Civil Veterinary Dept. Bombay admin report 1914-1922 - 1914-1922
Year: 1914
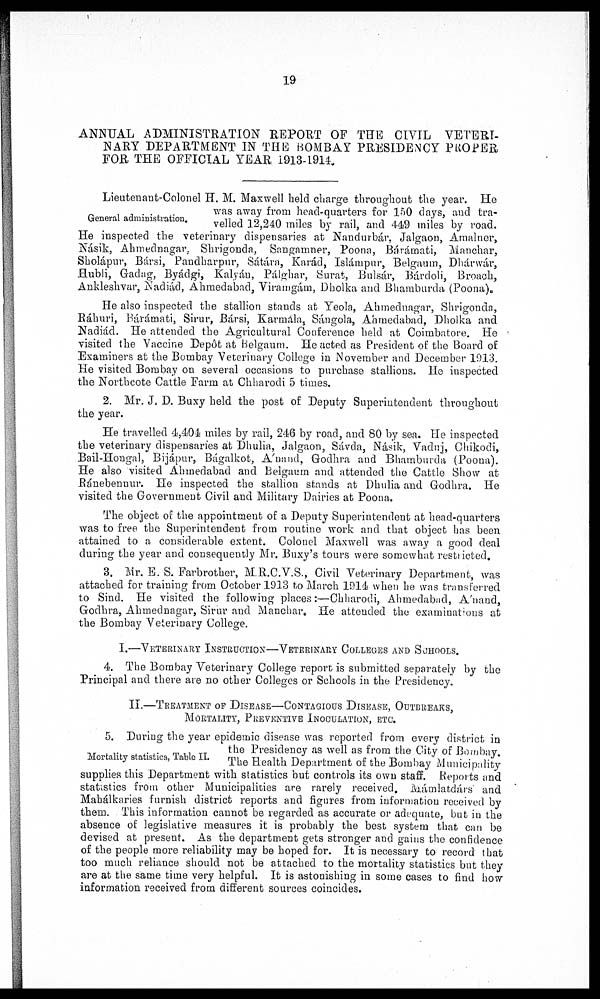
19
ANNUAL ADMINISTRATION REPORT OF THE CIVIL VETERI-
NARY DEPARTMENT IN THE BOMBAY PRESIDENCY PROPER
FOR THE OFFICIAL YEAR 1913-1914.
General administration.
Lieutenant-Colonel H. M. Maxwell held charge throughout the year. He
was away from head-quarters for 150 days, and tra-
velled 12,240 miles by rail, and 449 miles by road.
He inspected the veterinary dispensaries at Nandurbár. Jalgaon, Amalner,
Násik, Ahmednagar. Shrigonda, Sangamner, Poona, Bárámati, Manchar,
Sholápur, Bársi, Pandharpur, Sátára, Karád, Islámpnr, Belgaum, Dhárwár,
Hubli, Gadag, Byádgi, Kalyán, Pálghar, Surat, Bulsár, Bárdoli, Broach,
Ankleshvar, Nadiád, Ahmedabad, Viramgám, Dholka and Bhamburda (Poona).
He also inspected the stallion stands at Yeola, Ahmednagar, Shrigonda,
Ráhuri, Bárámati, Sirur, Bársi, Karmá1a, Sángola, Ahmedabad, Dholka and
Nadiád. He attended the Agricultural Conference held at Coimbatore. He
visited the Vaccine Depôt at Belgaum. He acted as President of the Board of
Examiners at the Bombay Veterinary College in November and December 1913.
He visited Bombay on several occasions to purchase stallions. He inspected
the Northcote Cattle Farm at Chharodi 5 times.
2. Mr. J. D. Buxy held the post of Deputy Superintendent throughout
the year.
He travelled 4,404 miles by rail, 246 by road, and 80 by sea. He inspected
the veterinary dispensaries at Dhulia, Jalgaon, Sávda, Násik, Vaduj, Chikodi,
Bail-Hongal, Bijápur, Bágalkot, A'nand, Godhra and Bhamburda (Poona).
He also visited Ahmedabad and Belgaum and attended the Cattle Show at
Ránebennur. He inspected the stallion stands at Dhulia and Godhra. He
visited the Government Civil and Military Dairies at Poona.
The object of the appointment of a Deputy Superintendent at head-quarters
was to free the Superintendent from routine work and that object has been
attained to a considerable extent. Colonel Maxwell was away a good deal
during the year and consequently Mr. Buxy's tours were somewhat restricted.
3. Mr. E. S. Farbrother, M.R.C.V.S., Civil Veterinary Department, was
attached for training from October 1913 to March 1914 when he was transferred
to Sind. He visited the following places:—Chharodi, Ahmedabad, A'nand,
Godhra, Ahmednagar, Sirur and Manchar. He attended the examinations at
the Bombay Veterinary College.
I.—VETERINARY INSTRUCTION—VETERINARY COLLEGES AND SCHOOLS.
4. The Bombay Veterinary College report is submitted separately by the
Principal and there are no other Colleges or Schools in the Presidency.
II.—TREATMENT OF DISEASE—CONTAGIOUS DISEASE, OUTBREAKS,
MORTALITY, PREVENTIVE INOCULATION, ETC.
Mortality statistics, Table II.
5. During the year epidemic disease was reported from every district in
the Presidency as well as from the City of Bombay.
The Health Department of the Bombay Municipality
supplies this Department with statistics but controls its own staff. Reports and
statistics from other Municipalities are rarely received. Mámlatdárs and
Mahálkaries furnish district reports and figures from information received by
them. This information cannot be regarded as accurate or adequate, but in the
absence of legislative measures it is probably the best system that can be
devised at present. As the department gets stronger and gains the confidence
of the people more reliability may be hoped for. It is necessary to record that
too much reliance should not be attached to the mortality statistics but they
are at the same time very helpful. It is astonishing in some cases to find how
information received from different sources coincides.